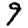
Digit: 9